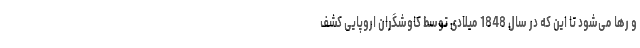
و رها می‌شود تا این که در سال 1848 میلادی توسط کاوشگران اروپایی کشف